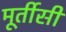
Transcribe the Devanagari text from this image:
मूर्तीसी